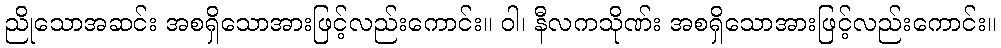
ညိုသောအဆင်း အစရှိသောအားဖြင့်လည်းကောင်း။ ဝါ၊ နီလကသိုဏ်း အစရှိသောအားဖြင့်လည်းကောင်း။